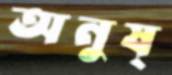
অনুষ্